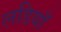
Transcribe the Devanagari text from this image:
लडियाँ